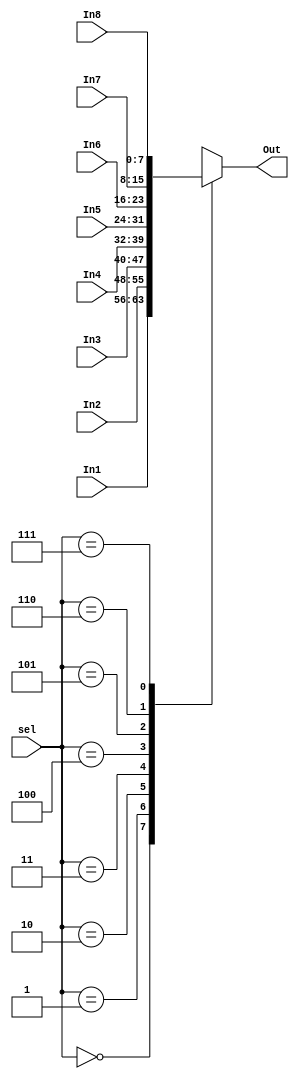
`timescale 1ns / 1ps
//////////////////////////////////////////////////////////////////////////////////
// Company: 
// Engineer: 
// 
// Design Name: 
// Module Name: mux
// Project Name: 
// Target Devices: 
// Tool Versions: 
// Description: 
// 
// Dependencies: 
// 
// Revision:
// Revision 0.01 - File Created
// Additional Comments:
// 
//////////////////////////////////////////////////////////////////////////////////


module mux(
    input [7:0] In1,
    input [7:0] In2,
    input [7:0] In3,
    input [7:0] In4,
    input [7:0] In5,
    input [7:0] In6,
    input [7:0] In7,
    input [7:0] In8,
    input [2:0] sel,
    output reg [7:0] Out
    );
always @ (In1 or In2 or In3 or In4 or In5 or In6 or In7 or In8 or sel) 
begin 
 case (sel) 
  3'b000 : Out = In1; 
  3'b001 : Out = In2; 
  3'b010 : Out = In3; 
  3'b011 : Out = In4; 
  3'b100 : Out = In5; 
  3'b101 : Out = In6; 
  3'b110 : Out = In7; 
  3'b111 : Out = In8; 
  default : Out = 8'bx; 
 endcase 

end  

endmodule